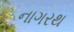
નાગરથ